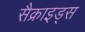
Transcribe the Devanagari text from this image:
सैक्राइड्स